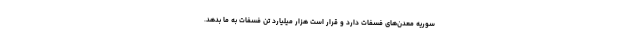
سوریه معدن‌های فسفات دارد و قرار است هزار میلیارد تن فسفات به ما بدهد.